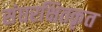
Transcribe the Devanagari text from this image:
संघरक्षितकृत